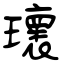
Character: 瓌